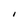
Character: I